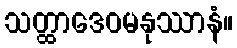
သတ္ထာဒေဝမနုဿာနံ။